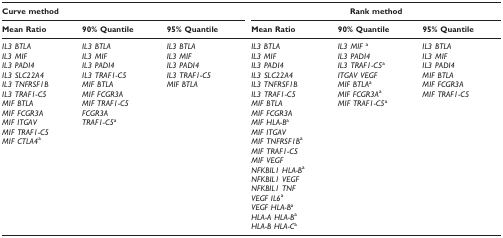
| <COLSPAN=3> Curve method | <COLSPAN=3> Rank method |
 | Mean Ratio | 90% Quantile | 95% Quantile | Mean Ratio | 90% Quantile | 95% Quantile |
 | --- | --- | --- | --- | --- | --- |
 | IL3 BTLA | IL3 BTLA | IL3 BTLA | IL3 BTLA | IL3 MIF a | IL3 BTLA |
 | IL3 MIF | IL3 MIF | IL3 MIF | IL3 MIF | IL3 PADI4 | IL3 MIF |
 | IL3 PADI4 | IL3 PADI4 | IL3 PADI4 | IL3 PADI4 | IL3 TRAF1-C5a | IL3 PADI4 |
 | IL3 SLC22A4 | IL3 TRAF1-C5 | IL3 TRAF1-C5 | IL3 SLC22A4 | ITGAV VEGF | MIF BTLA |
 | IL3 TNFRSF1B | MIF BTLA | MIF BTLA | IL3 TNFRSF1B | MIF BTLAa | MIF FCGR3A |
 | IL3 TRAF1-C5 | MIF FCGR3A |  | IL3 TRAF1-C5 | MIF FCGR3Aa | MIF TRAF1-C5 |
 | MIF BTLA | MIF TRAF1-C5 |  | MIF BTLA | MIF TRAF1-C5a |  |
 | MIF FCGR3A | FCGR3A |  | MIF FCGR3A |  |  |
 | MIF ITGAV | TRAF1-C5a |  | MIF HLA-Ba |  |  |
 | MIF TRAF1-C5 |  |  | MIF ITGAV |  |  |
 | MIF CTLA4a |  |  | MIF TNFRSF1Ba |  |  |
 |  |  |  | MIF TRAF1-C5 |  |  |
 |  |  |  | MIF VEGF |  |  |
 |  |  |  | NFKBIL1 HLA-Ba |  |  |
 |  |  |  | NFKBIL1 VEGF |  |  |
 |  |  |  | NFKBIL1 TNF |  |  |
 |  |  |  | VEGF IL6a |  |  |
 |  |  |  | VEGF HLA-Ba |  |  |
 |  |  |  | HLA-A HLA-Ba |  |  |
 |  |  |  | HLA-B HLA-Ca |  |  |